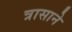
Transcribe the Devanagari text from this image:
त्रासाने